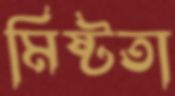
মিষ্টতা